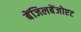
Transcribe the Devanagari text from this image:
बेंजिलबेंजोएट